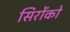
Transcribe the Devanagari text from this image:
सिरोंको